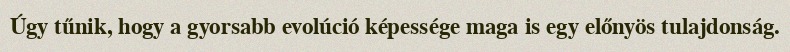
Úgy tűnik, hogy a gyorsabb evolúció képessége maga is egy előnyös tulajdonság.